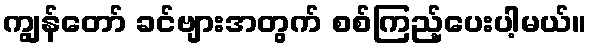
ကျွန်တော် ခင်ဗျားအတွက် စစ်ကြည့်ပေးပါ့မယ်။